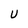
Character: U